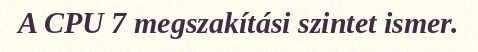
A CPU 7 megszakítási szintet ismer.